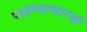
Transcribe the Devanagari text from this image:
पाहण्यासारखं